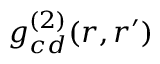
g _ { c d } ^ { ( 2 ) } ( \boldsymbol { r } , \boldsymbol { r } ^ { \prime } )